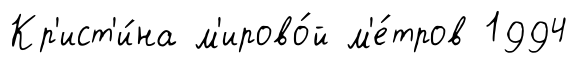
Кр'ист'и́на м'ирово́й м'е́тров 1994